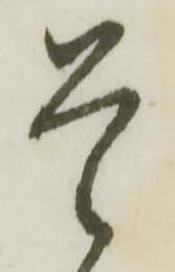
是